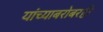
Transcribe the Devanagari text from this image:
यांच्याबरोबरही